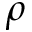
\rho